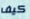
كيف